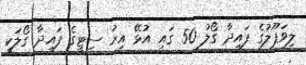
ލިވަޕޫލުގެ ފައިދާ ގޯލު 50 ގައި އުޅޭ އިރު ސިޓީގެ ފައިދާ ގޯލަކީ